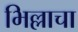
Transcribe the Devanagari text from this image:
भिल्लाचा